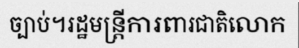
ច្បាប់។រដ្ឋមន្ត្រីការពារជាតិលោក